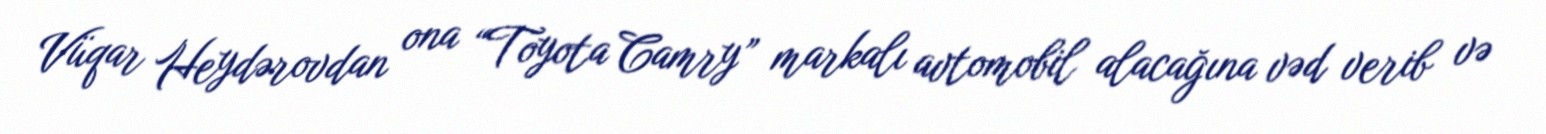
Vüqar Heydərovdan ona “Toyota Camry” markalı avtomobil alacağına vəd verib və